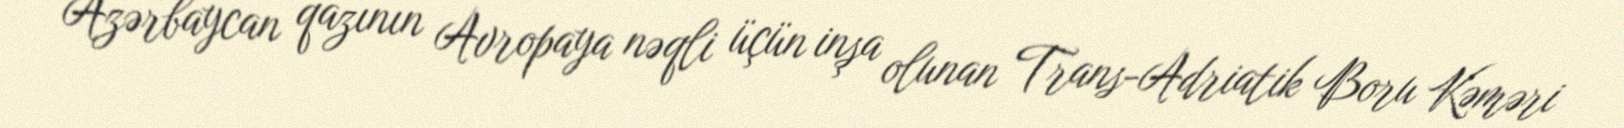
Azərbaycan qazının Avropaya nəqli üçün inşa olunan Trans-Adriatik Boru Kəməri